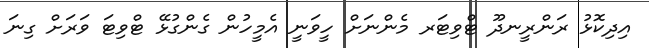
އިދިކޮޅު ރަންރީނދޫ ޓްވިޓަރ މެންނަށް ހީވަނީ އެމީހުން ގެންގުޅޭ ޓްވިޓަ ވަރަށް ގިނަ